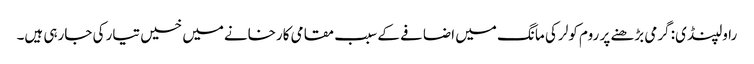
راولپنڈی: گرمی بڑھنے پر روم کولر کی مانگ میں اضافے کے سبب مقامی کارخانےمیں خسیں تیار کی جارہی ہیں۔